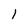
Character: 1